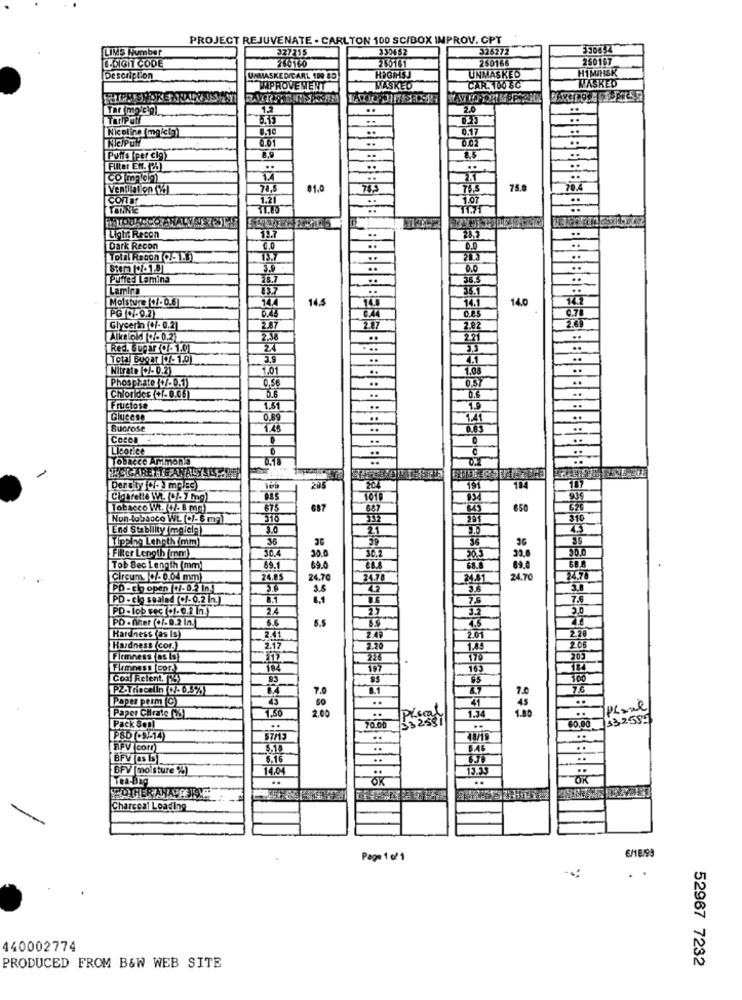
PROJECT REJUVENATE - CARLTON 100 SC/BOX IMPROV. CPT
LIMS Number
327355
330452
326272
L.DIGIT CODE
250161
250166
260167
UNMASKED
HIMINSK
Description
UNMASKED/CARL 109 85
HPGIHSJ
MASKED
THPROVEMENT
MASKED
CAR. 100 8C
12
..
2.0
..
TOriPON
Nicoline (mgicta)
0.10
Ne/Pul
..
6.01
Puis |per cig
Filter En. (24
Comologi
Ventilation (%
81.0
75.0
CONOT
1.21
TONNIE
TI.7
Light Recor
19.7
Dark Recon
Total Recon(251.8)
13.7
Stera 07-10
Puffed Lamina
33.7
Lamin
Moisture (+/-0.5]
14.5
14.0
PG -0.2)
0.44
Glycerin (+/- 0.2]
2.87
2.00
Alletold 7-0.2
2.71
Red. Sugar(- 101
Total Bugar |+-1.0)
Nitrate (C/-0.2)
1.08
Phosphate W.D.1)
0.56
0.37
Chlorides (+/- 0.06)
0.6
Fructose
1.6
Glucese
0.69
14
Sucrose
1.48
Cocoa
.
Licorice
Tobacco Ammonia
: BBBBBBBBB =BBBBBBE @@ @ BBBBBBBBBB8
HIL CIGARETTE ANALYSISONE
206
204
191
104
Cienrette W. (+/- 7 Mpg)
985
Tobacco Wt. (+/- 8 mg)
675
687
650
Non-tobacco Wt. (C/-6 mal
316
337
310
End Stability (melela
3.0
Tipping Length (mm)
36
21
38
30.4
36
30.0
Filter Length (mm)
30.0
30.3
Tob Sec Length (mm)
69.1
69.0
Circum. /-0.04 mm
24.85
24.70
24.7
PO -cho open +/-0. n.
3.6
3.5
72
PD - cio sealad (c/-0.2 .)
8.1
7.5
7.6
[PD-lob sec (+/- 0.2 In.)
2.4
27
3.3
3.0
PD . Der (+/- 0.2 in.
5.6
Hardness (as IS)
2.41
2.01
220
Hardness (cor.)
2.20
1.45
2.06
Firmness (as 15)
226
176
205
Flamness (cor.)
163
Coal Retent.
83
100
PZ-Triocelin (+/- 0,8%)
7.0
7.0
Paper perm (C)
..
200
45
1.80
Pixel
Paper Chirate (26
532531
1.34
1332551
Pack Son!
..
70.00
57/15
..
BPV com
BFV (as S)
BFV (moisture %)
14.04
..
OK
OR
Charcoal Loading
Page 1 of 1
6/18/99
..
440002774
52967 7232
PRODUCED FROM B&W WEB SITE